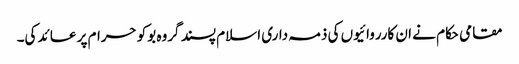
مقامی حکام نے ان کارروائیوں کی ذمہ داری اسلام پسند گروہ بوکو حرام پر عائد کی۔